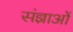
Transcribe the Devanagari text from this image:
संज्ञाओें